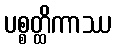
ပစ္စတ္ထိကာဿ